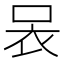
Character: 𧘗